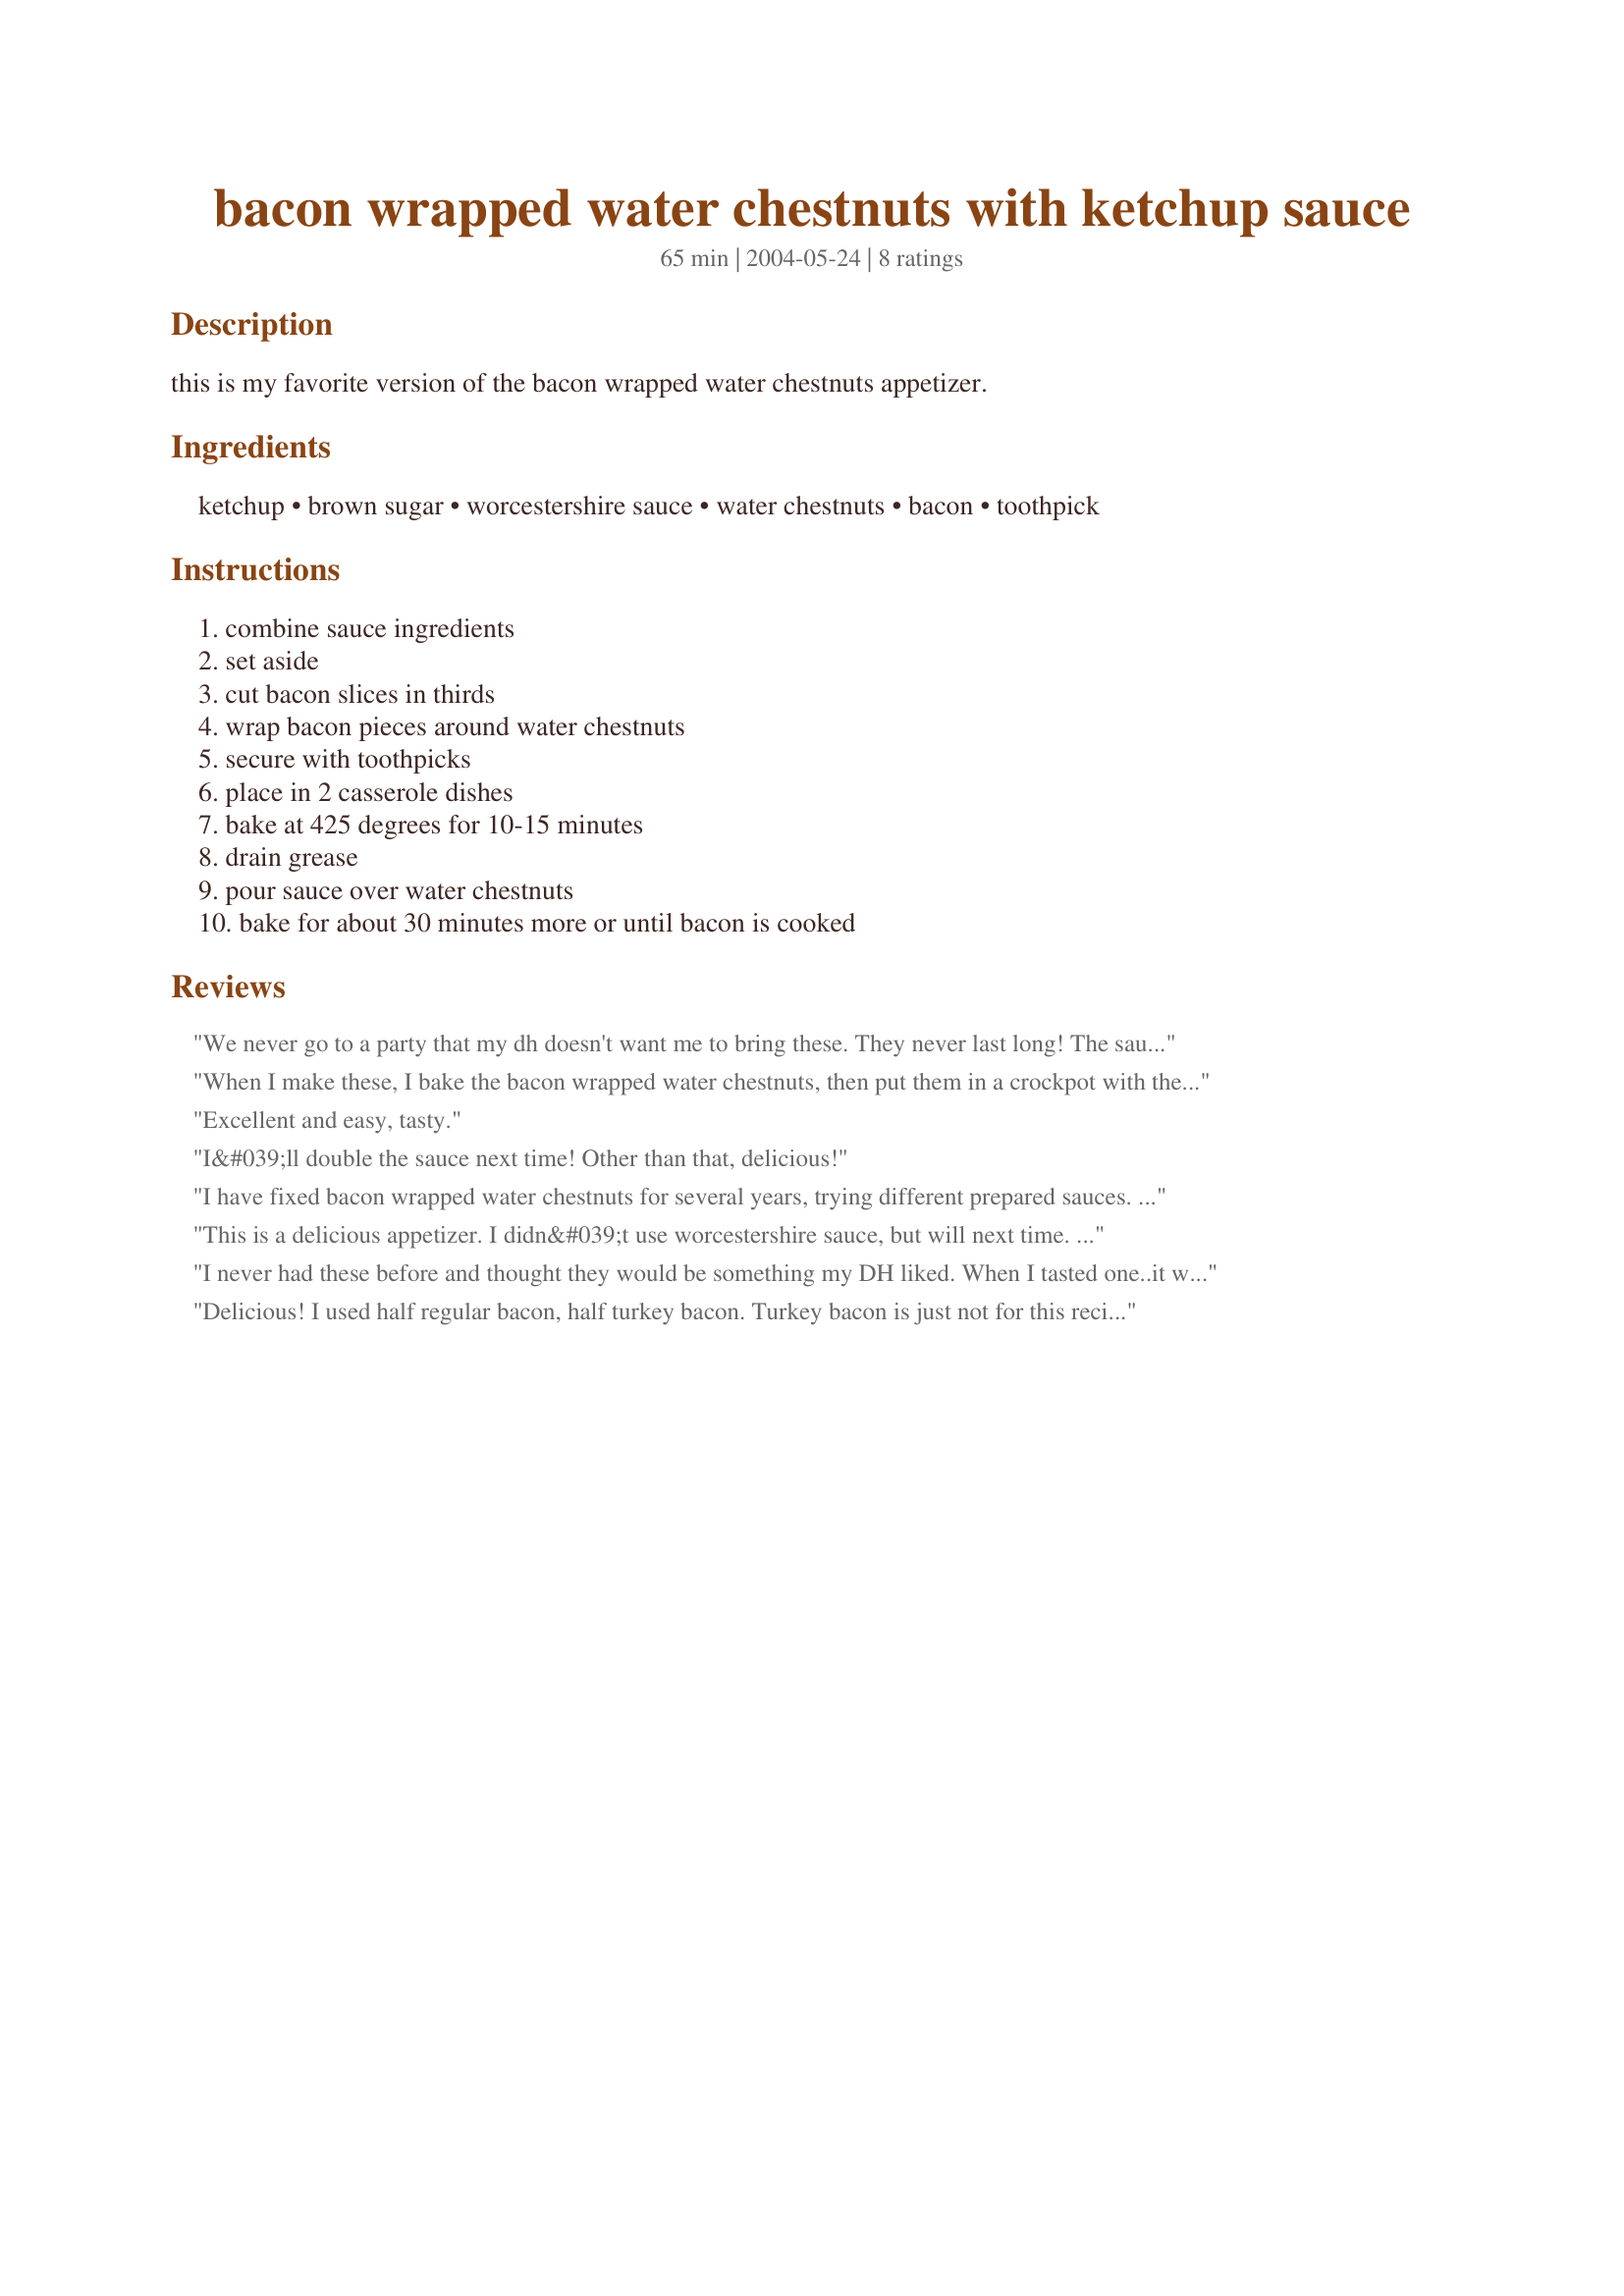
bacon wrapped water chestnuts with ketchup sauce
Preparation time: 65 minutes

this is my favorite version of the bacon wrapped water chestnuts appetizer.

Ingredients:
ketchup, brown sugar, worcestershire sauce, water chestnuts, bacon, toothpick

Steps:
combine sauce ingredients, set aside, cut bacon slices in thirds, wrap bacon pieces around water chestnuts, secure with toothpicks, place in 2 casserole dishes, bake at 425 degrees for 10-15 minutes, drain grease, pour sauce over water chestnuts, bake for about 30 minutes more or until bacon is cooked

Reviews:
We never go to a party that my dh doesn't want me to bring these. They never last long! The sauce can be adjusted to your taste and is so easy. Absolutely wonderful appetizer.
When I make these, I bake the bacon wrapped water chestnuts, then put them in a crockpot with the sauce. Yummy!
Excellent and easy, tasty.
I&#039;ll double the sauce next time! Other than that, delicious!
I have fixed bacon wrapped water chestnuts for several years, trying different prepared sauces. This one is so easy and just as good, if not better, than any of the ones I tried. We usually have these appetizers on Thanksgiving, so I fix and bake them the day ahead. Then I store them in a zip bag in the refrigerator and reheat them in the oven for serving. Sometimes I have dipped them all in the sauce and served them around to people; other times I have put them out on a platter with warm sauce in a dish on the side. Either way, they disappear quickly.
This is a delicious appetizer. I didn&#039;t use worcestershire sauce, but will next time. Thanks!
I never had these before and thought they would be something my DH liked. When I tasted one..it was on! DH and I got more competitive than superbowl we were watching. Thanks Chris, yummy!
Delicious! I used half regular bacon, half turkey bacon. Turkey bacon is just not for this recipe. Splurge on the calories and fat for this recipe. Yummy!
